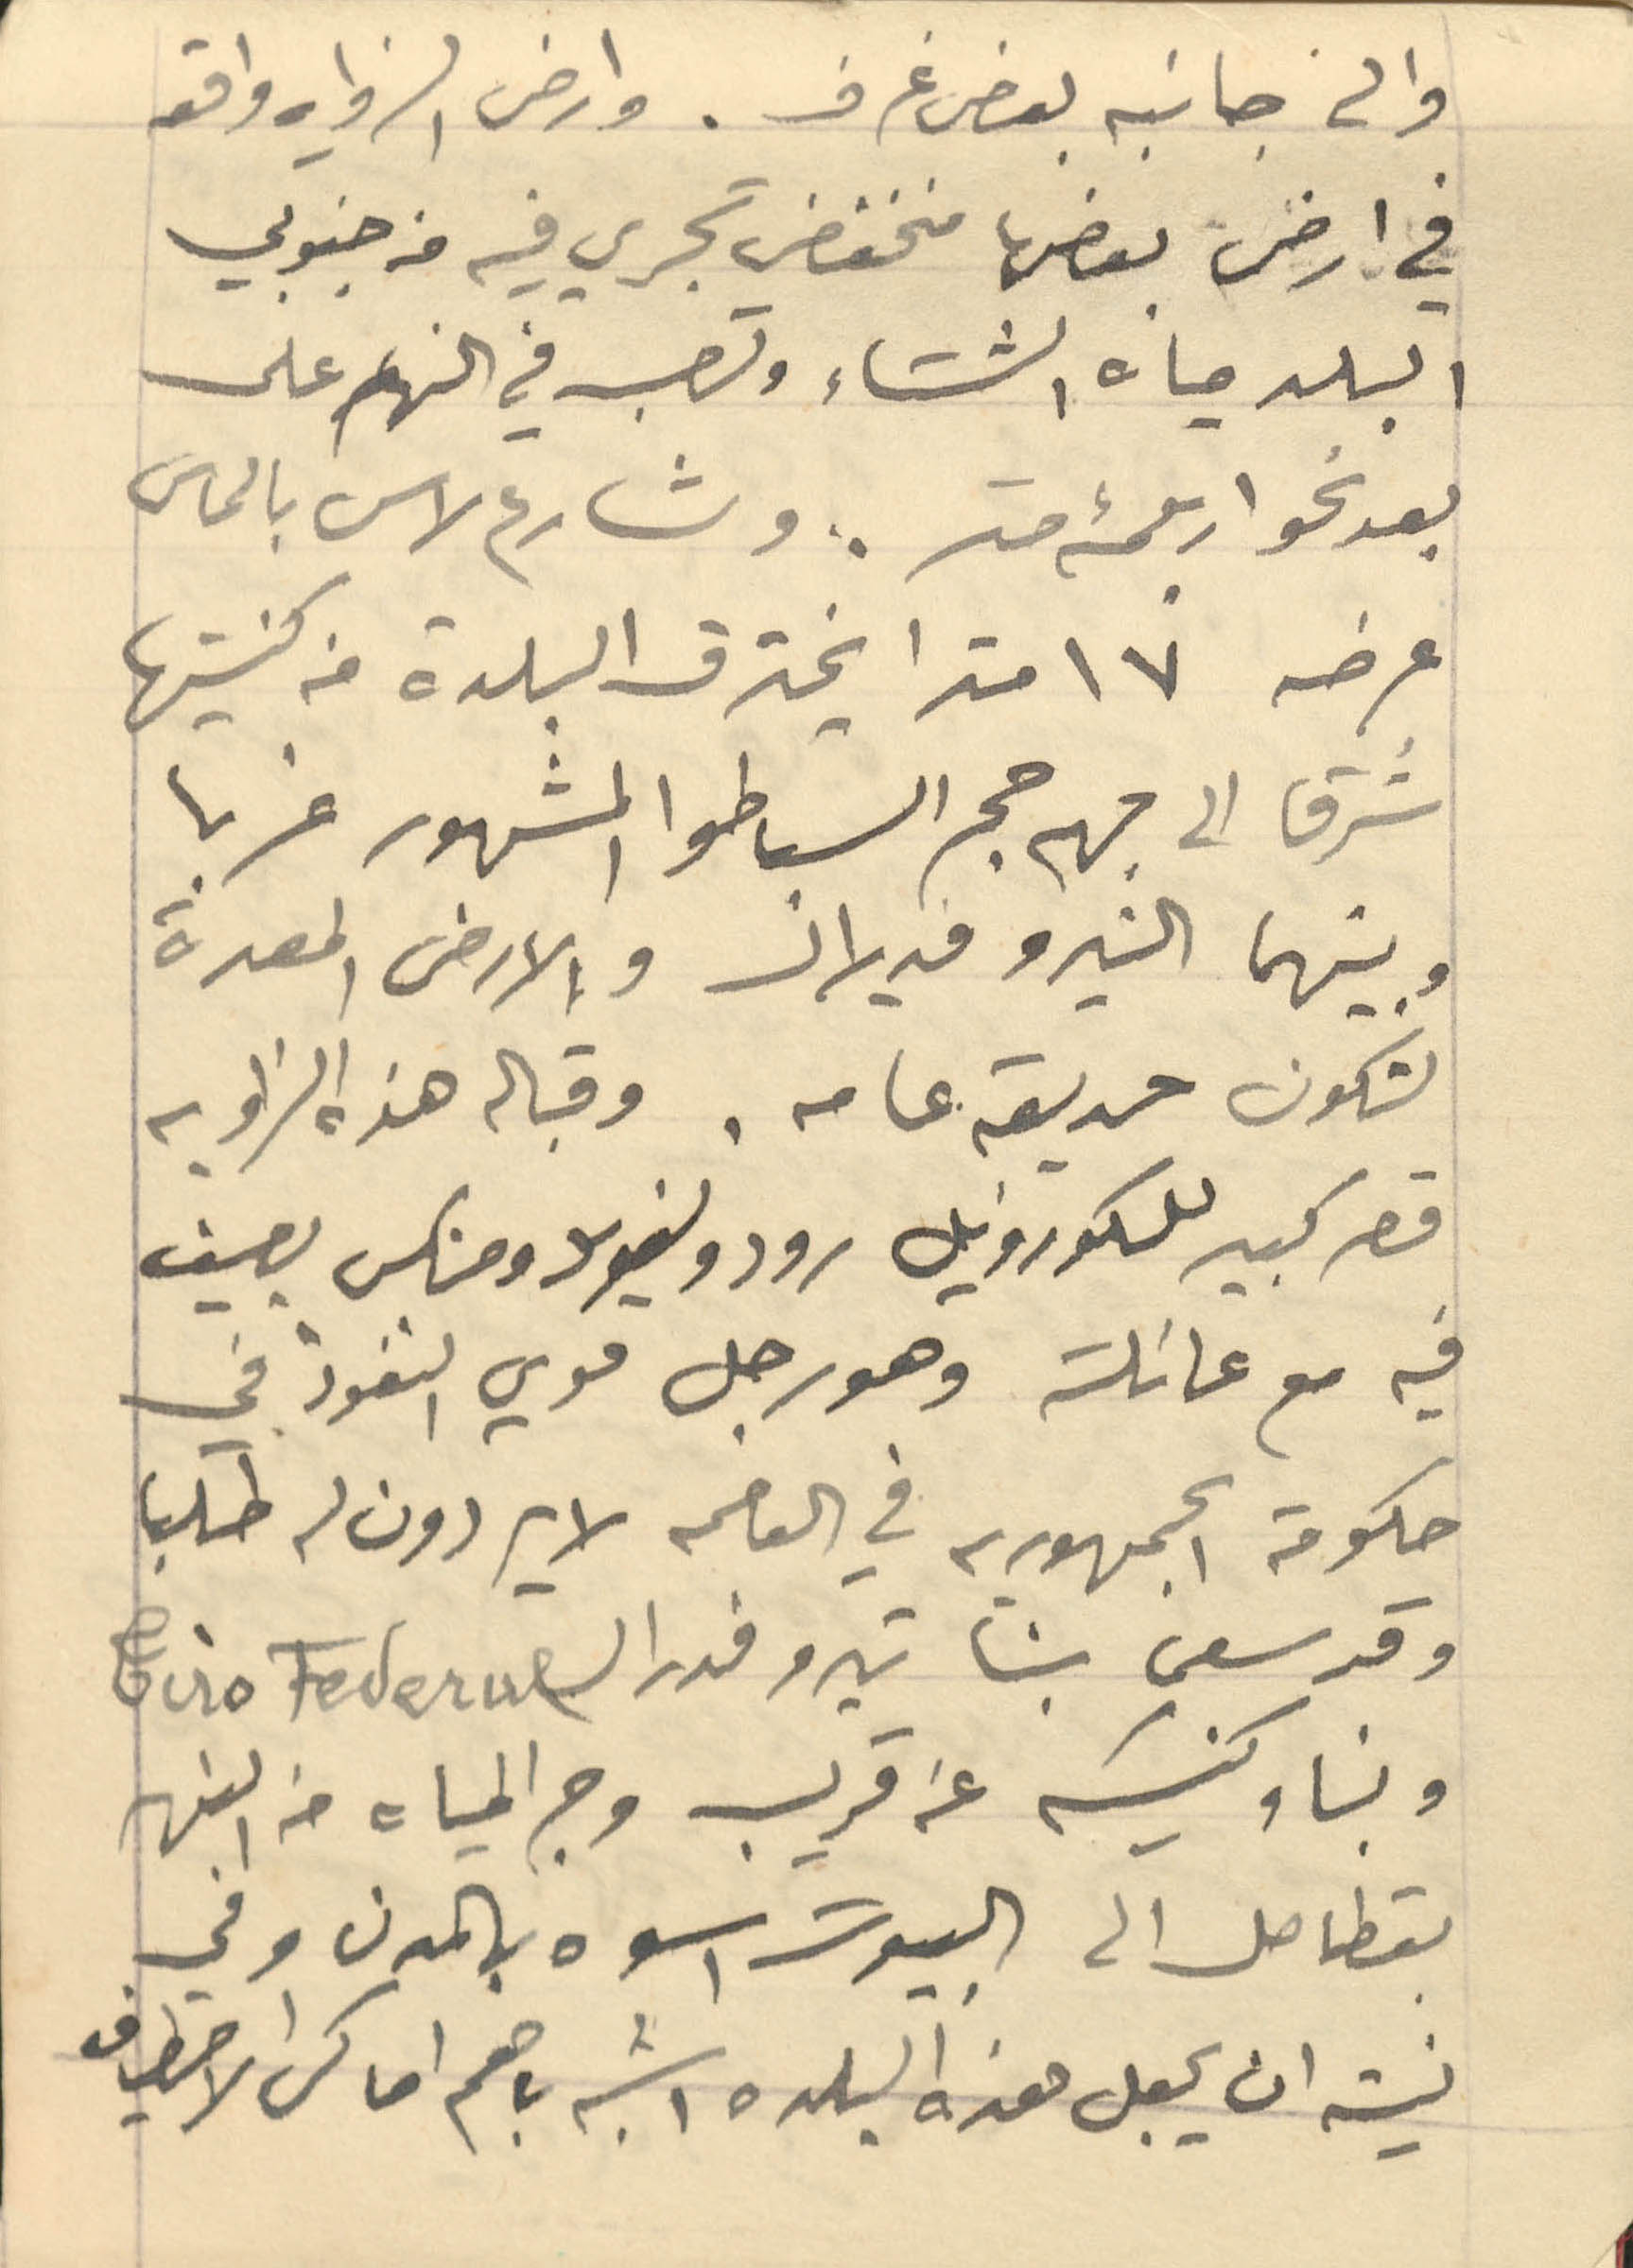
والى جانبه بعض غرف. وارض الزاوية واقعة
في ارض بعضها منخفض تجري فيه من جنوبي
البلد مياه الشتاء وتصب في النهر على
بعد نحو اربعمئة متر. وشارع لاس بالماس
عرضه ١٧ مترا يخترق البلدة من كنيستها
ضرقًا الى جهة حجر السباطوا المشهور غربا
وبينهما النيرو مديلان والأرض المعدة
لتكون حديقة عامة. وقبالة هذه الزاوية
قصر كبير للكورونيل رودو لفريد ومنكس يصيف
فيه مع عائلته وهو رجل قوي النفوذ في
حكومة الجمهورية في العالم لا يردون له طلبا
وقد سعى بنا تيرو فدرال Tiro Federal
وبناء كنيسة عن قريب وجر المياه من النهر
بقطاصل الى البيوت اسوه بالمدن وفي
نيته ان يجعل هذه البلده اشبه باهم أماكن الاصطياف